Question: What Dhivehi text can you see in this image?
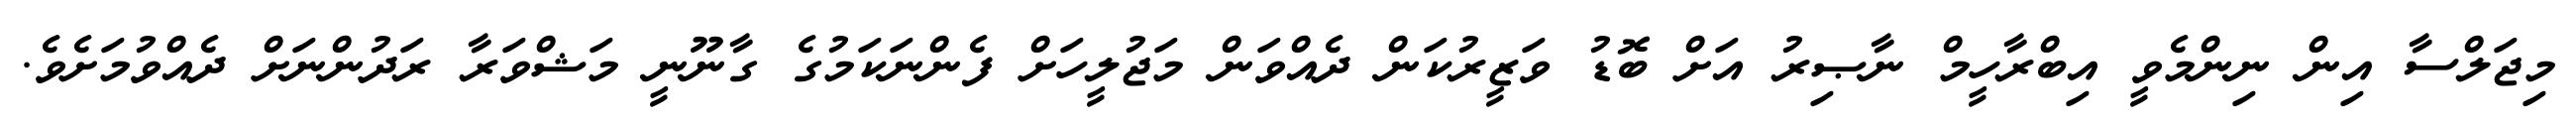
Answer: މިޖަލްސާ އިން ނިންމެވީ އިބްރާހީމް ނާޞިރު އަށް ބޮޑު ވަޒީރުކަން ދެއްވަން މަޖުލީހަށް ފެންނަކަމުގެ ގާނޫނީ މަޝްވަރާ ރަދުންނަށް ދެއްވުމަށެވެ.